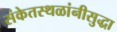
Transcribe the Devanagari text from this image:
संकेतस्थळांनीसुद्धा